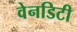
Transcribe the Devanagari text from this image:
वेनडिटी